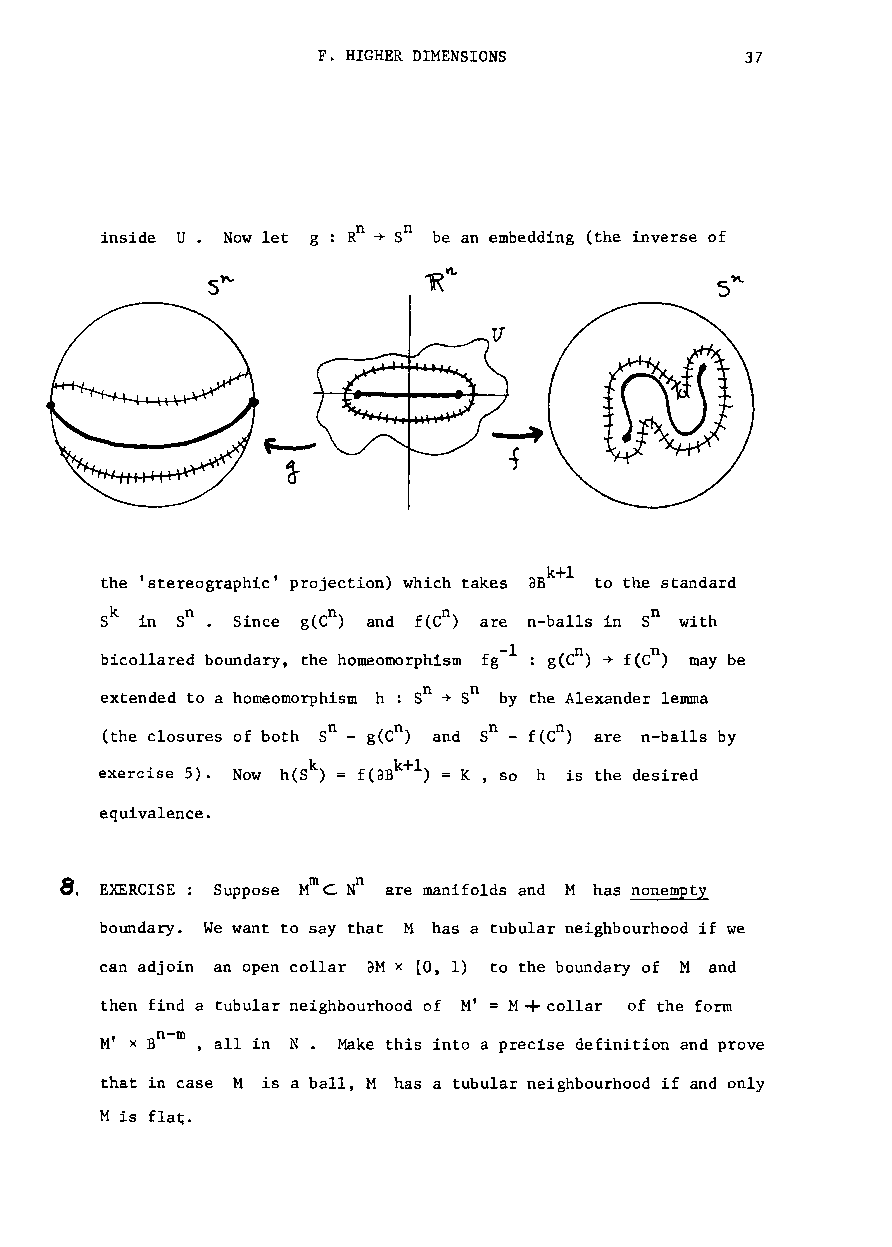
F. HIGHER DIMENSIONS        37
 inside U Now let g Rn ~ Sn be an embedding (the inverse of
 k l
 the 'stereographic' projection) which takes aB + to the standard
 n      n
 Since g(C ) and f(C ) are n-balls in Sn with
 l   n ~  n
 bicollared boundaryt the homeomorphism fg- : g(C ) f(C ) may be
 extended to a homeomorphism h : Sn ~ Sn by the Alexander lemma
 n          n
 (the closures of both S° - g(C ) and S° - f(C ) are n-balls by
 exercise 5). Now h(Sk) = f(3Bk+l ) = K , so h is the desired
 equivalence.
 8. EXERCISE: Suppose MmC Nn are manifolds and M has nonempty
 boundary. We want to say that M has a tubular neighbourhood if we
 can adjoin an open collar aM x [0, 1) to the boundary of M and
 +
 then find a tubular neighbourhood of M' = M collar of the form
 n m
 M' x B - , all in N. Make this into a precise definition and prove
 that in case M is a ball, M has a tubular neighbourhood if and only
 M is flat;.